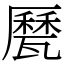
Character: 㽁